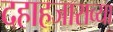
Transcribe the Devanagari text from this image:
दहाहजाराव्या